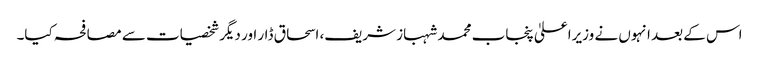
اس کے بعد انہوں نے وزیراعلیٰ پنجاب محمد شہباز شریف، اسحاق ڈار اور دیگر شخصیات سے مصافحہ کیا۔